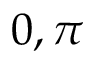
0 , \pi